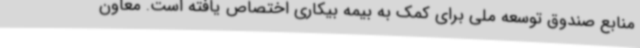
منابع صندوق توسعه ملی برای کمک به بیمه بیکاری اختصاص یافته است. معاون